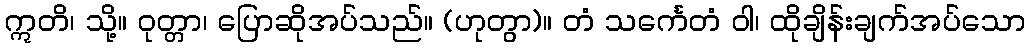
ဣတိ၊ သို့။ ဝုတ္တာ၊ ပြောဆိုအပ်သည်။ (ဟုတွာ)။ တံ သင်္ကေတံ ဝါ၊ ထိုချိန်းချက်အပ်သော